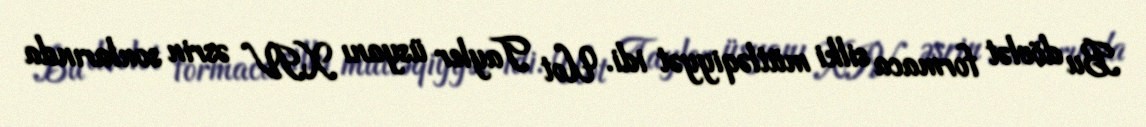
Bu dövlət formaca silki mütləqiyyət idi. Uot Tayler üsyanı XIV əsrin sonlarında